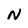
Character: N